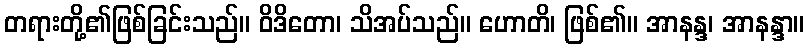
တရားတို့၏ဖြစ်ခြင်းသည်။ ဝိဒိတော၊ သိအပ်သည်။ ဟောတိ၊ ဖြစ်၏။ အာနန္ဒ၊ အာနန္ဒာ။